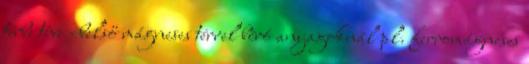
térbe téve –belső mágneses térrel bíró anyagoknál pl. ferromágneses